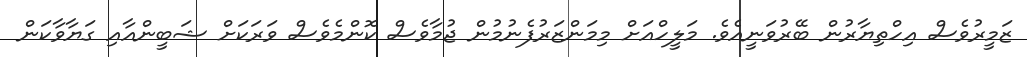
ޒަމީރުވެސް އިހްތިޔާރުން ބޭރުވަނީއެވެ. މަލީހްއަށް މިމަންޒަރުފެނުމުން ޖުމާވެސް ކޮންމެވެސް ވަރަކަށް ޝަބީންއާއި ގަޔާވާކަން